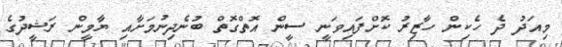
މިއަދު ދެ ހެކިން ހާޒިރު ކޮށްފައިވަނީ ސީން އޮތްގޮތް ބުނެދިނުމަށާއި ޔާމީން ރަޝީދުގެ